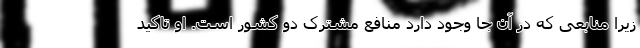
زیرا منابعی که در آن جا وجود دارد منافع مشترک دو کشور است. او تاکید